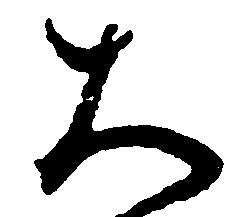
大